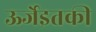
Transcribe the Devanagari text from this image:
ऊर्जेइतकी